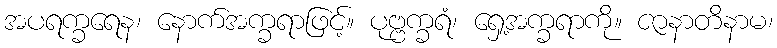
အပရက္ခရေန၊ နောက်အက္ခရာဖြင့်။ ပုဗ္ဗက္ခရံ၊ ရှေ့အက္ခရာကို။ ဇာနာတိနာမ၊